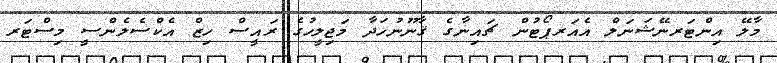
މާލޭ އިންޓަރނޭޝަނަލް އެއަރޕޯޓުން ޗައިނާގެ ޤާނޫނުހަދާ މަޖިލީހުގެ ރައީސް ހިޒް އެކްސެލެންސީ މިސްޓަރ